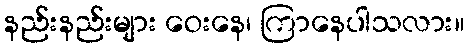
နည်းနည်းများ ဝေးနေ၊ ကြာနေပါသလား။